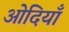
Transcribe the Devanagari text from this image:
ओदियाँ